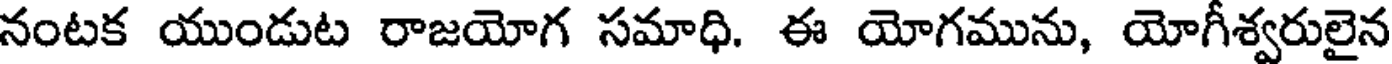
నంటక యుండుట రాజయోగ సమాధి. ఈ యోగమును, యోగీశ్వరులైన